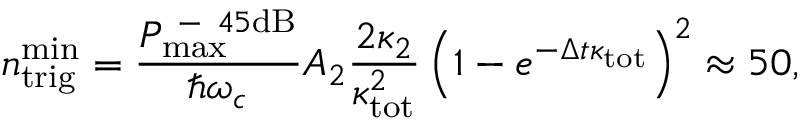
n _ { \mathrm { t r i g } } ^ { \mathrm { m i n } } = \frac { P _ { \mathrm { m a x } } ^ { \mathrm { ~ - ~ } 4 5 \mathrm { d B } } } { \hbar \omega _ { c } } A _ { 2 } \frac { 2 \kappa _ { 2 } } { \kappa _ { \mathrm { t o t } } ^ { 2 } } \left( 1 - e ^ { - \Delta t \kappa _ { \mathrm { t o t } } } \right) ^ { 2 } \approx 5 0 ,